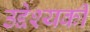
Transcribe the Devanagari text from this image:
उद्देश्यकी